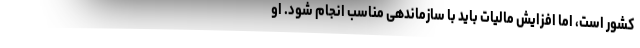
کشور است، اما افزایش مالیات باید با سازماندهی مناسب انجام شود. او